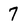
Character: 7